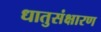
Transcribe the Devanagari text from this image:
धातुसंक्षारण